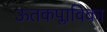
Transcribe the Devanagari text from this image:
ऊतकप्लाविका